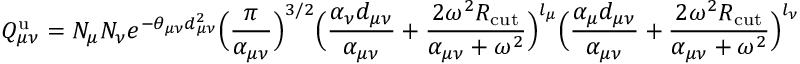
Q _ { \mu \nu } ^ { \mathrm { u } } = N _ { \mu } N _ { \nu } e ^ { - \theta _ { \mu \nu } d _ { \mu \nu } ^ { 2 } } \Big ( \frac { \pi } { \alpha _ { \mu \nu } } \Big ) ^ { 3 / 2 } \Big ( \frac { \alpha _ { \nu } d _ { \mu \nu } } { \alpha _ { \mu \nu } } + \frac { 2 \omega ^ { 2 } R _ { \mathrm { c u t } } } { \alpha _ { \mu \nu } + \omega ^ { 2 } } \Big ) ^ { l _ { \mu } } \Big ( \frac { \alpha _ { \mu } d _ { \mu \nu } } { \alpha _ { \mu \nu } } + \frac { 2 \omega ^ { 2 } R _ { \mathrm { c u t } } } { \alpha _ { \mu \nu } + \omega ^ { 2 } } \Big ) ^ { l _ { \nu } }